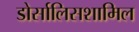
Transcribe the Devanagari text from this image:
डोर्सालिसशामिल